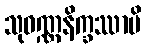
သုဝဏ္ဏနိက္ခဿာပိ